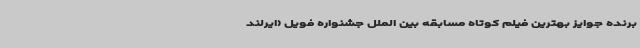
برنده جوایز بهترین فیلم کوتاه مسابقه بین الملل جشنواره فویل (ایرلند